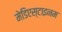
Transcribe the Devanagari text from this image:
मेडिएस्टाइनम